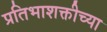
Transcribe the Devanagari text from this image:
प्रतिभाशक्तीच्या